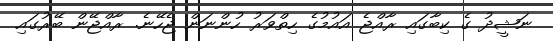
ނަޝީދު ގެ ކިބާގައި ރާއްޖެ އައުމުގެ ހިތްވަރު ހުންނަން ޖެހޭނެ. ރާއްޖޭން ބޭރުގައި